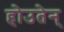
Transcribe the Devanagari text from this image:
होउतेन्